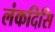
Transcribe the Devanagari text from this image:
लंकदिसि